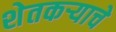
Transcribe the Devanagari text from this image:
शेतकऱ्याचे